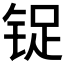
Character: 𰾃